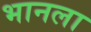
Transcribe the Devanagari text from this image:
भानला